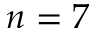
n = 7